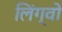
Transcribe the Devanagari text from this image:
लिंग्वो